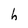
Character: h